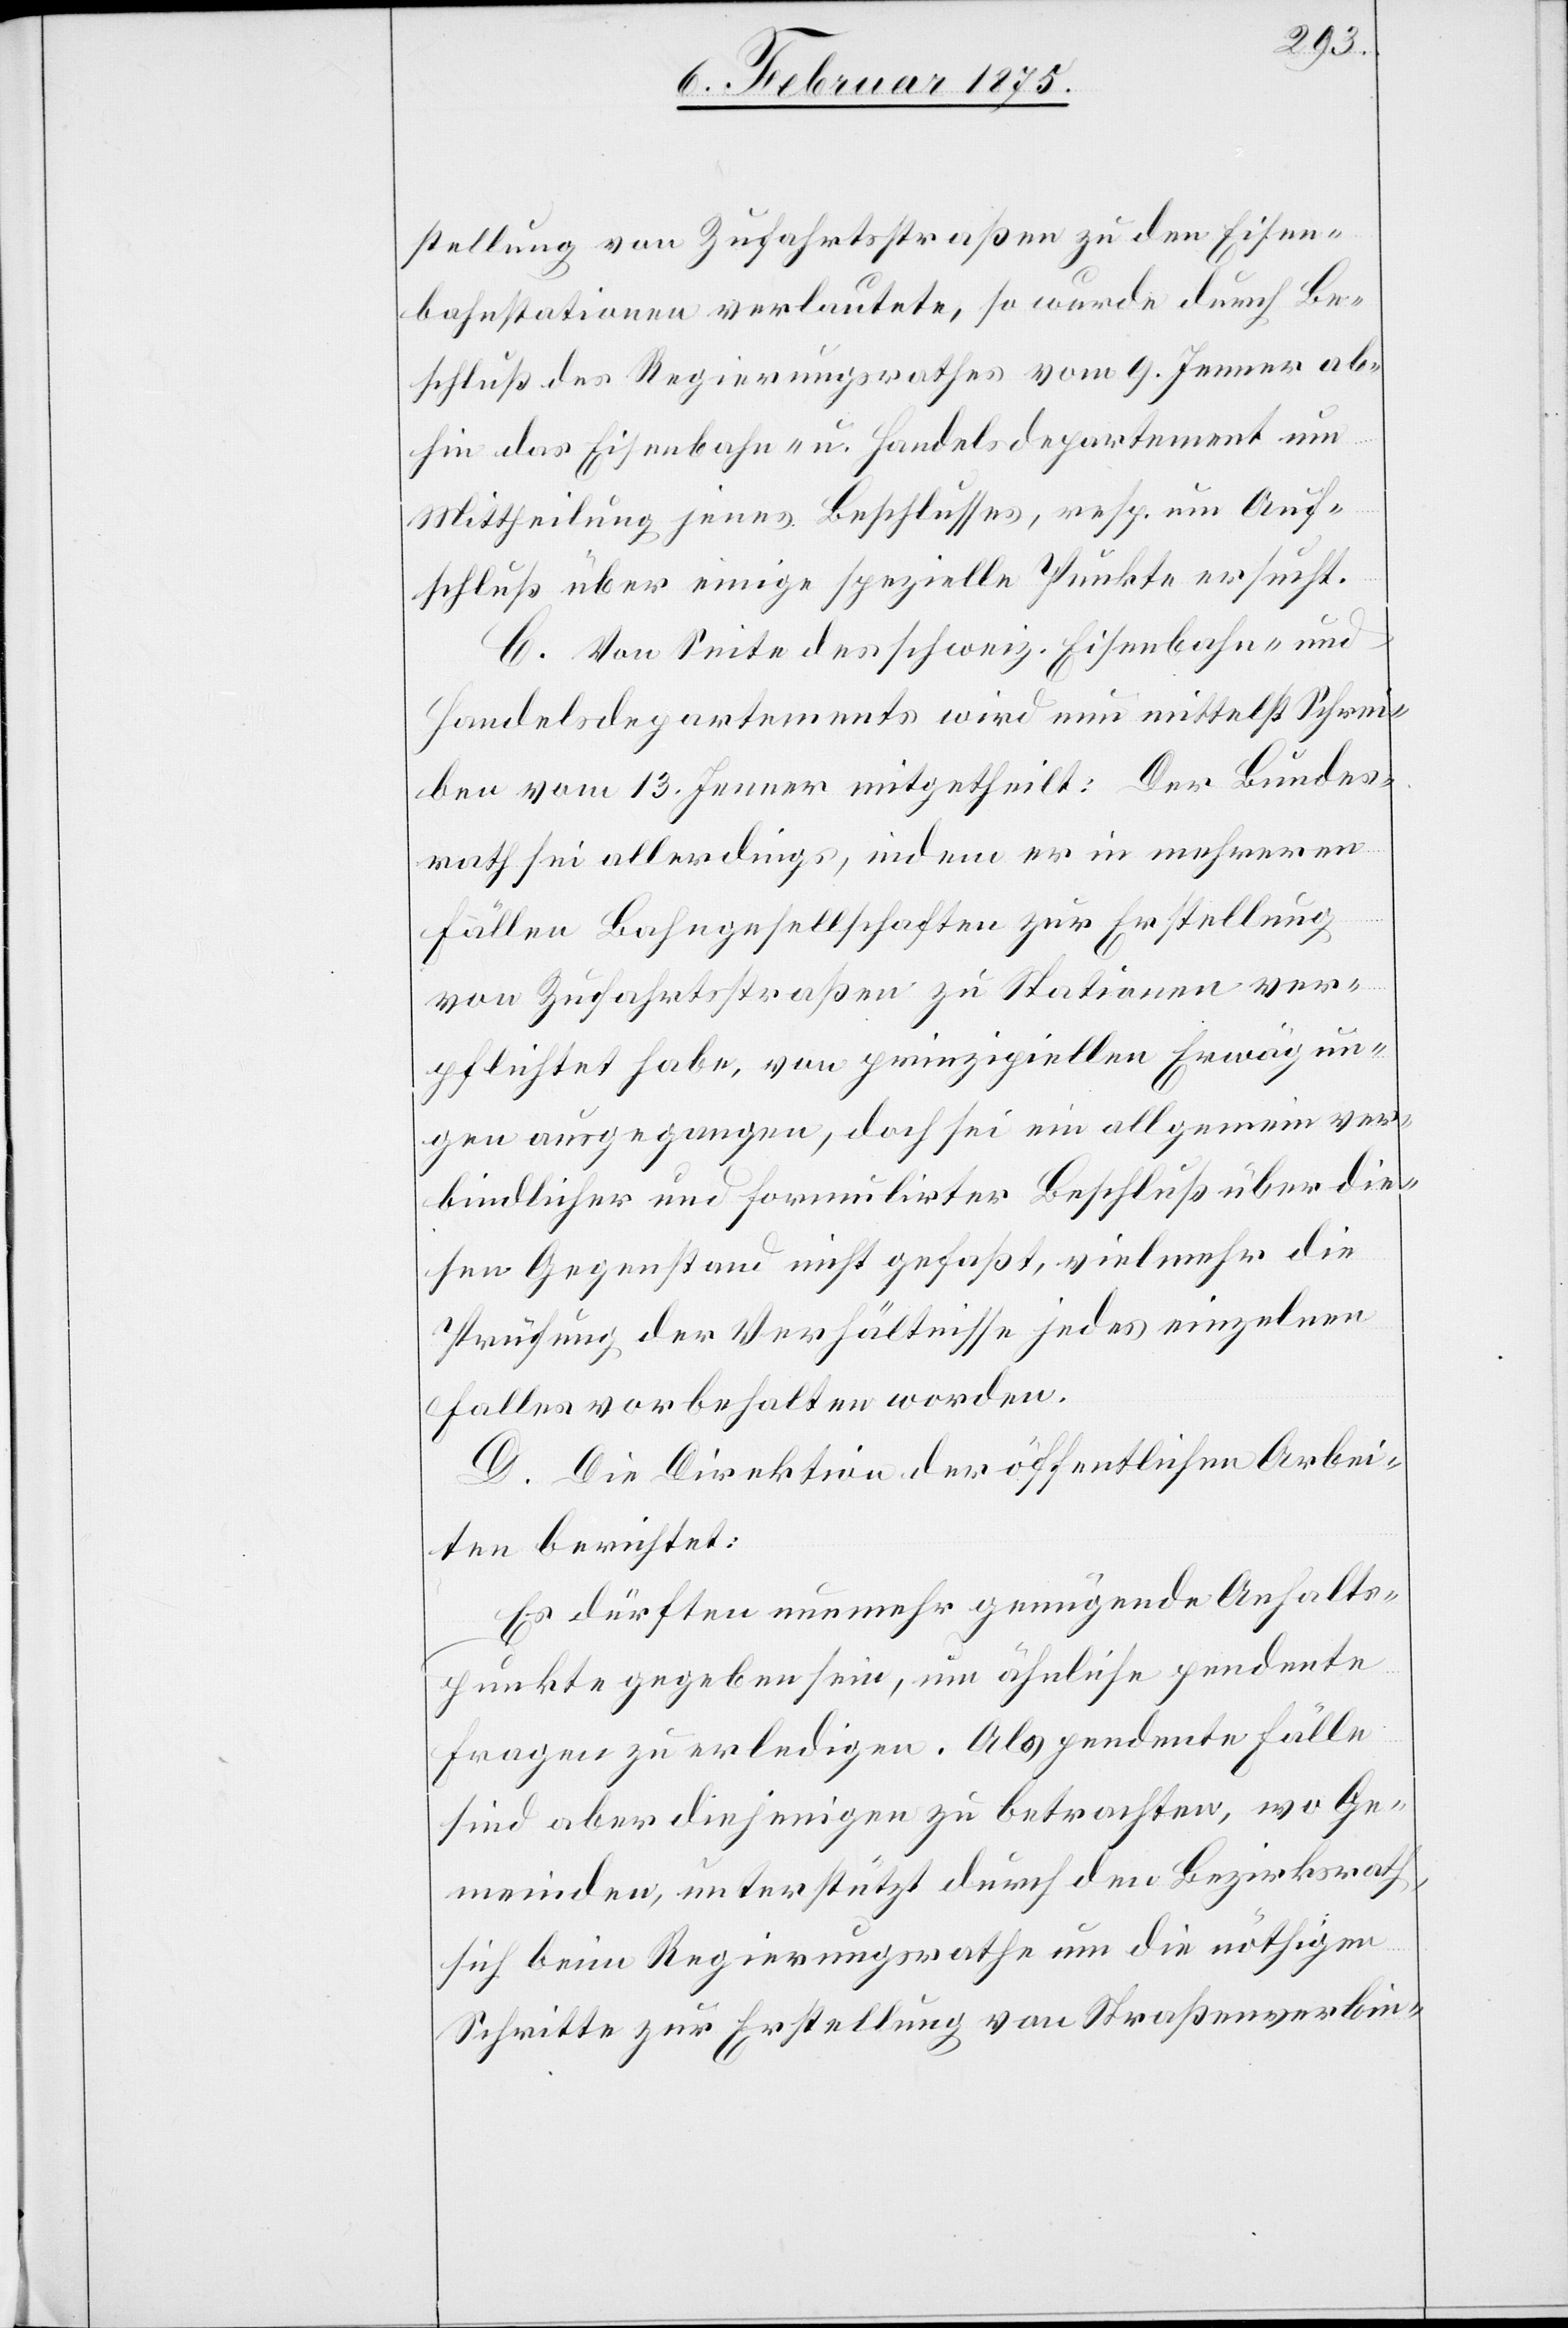
stellung von Zufahrtsstraßen zu den Eisen¬
bahnstationen verlautete, so wurde durch Be¬
schluß des Regierungsrathes vom 9. Jenner ab¬
hin das Eisenbahn- u. Handelsdepartement um
Mittheilung jenes Beschlusses, resp. um Auf¬
schluß über einige spezielle Punkte ersucht.
C. Von Seite des schweiz. Eisenbahn- und
Handelsdepartements wird nun mittelst Schrei¬
ben vom 13. Jenner mitgetheilt: Der Bundes¬
rath sei allerdings, indem er in mehreren
Fällen Bahngesellschaften zur Erstellung
von Zufahrtsstraßen zu den Stationen ver¬
pflichtet habe, von prinzipiellen Erwägun¬
gen ausgegangen, doch sei ein allgemein ver¬
bindlicher und formulirter Beschluß über die¬
sen Gegenstand nicht gefaßt, vielmehr die
Prüfung der Verhältnisse jedes einzelnen
Falles vorbehalten worden.
D. Die Direktion der öffentlichen Arbei¬
ten berichtet:
Es dürften nunmehr genügende Anhalts¬
punkte gegeben sein, um ähnliche pendente
Fragen zu erledigen. Als pendente Fälle
sind aber diejenigen zu betrachten, wo Ge¬
meinden, unterstützt durch den Bezirksrath,
sich beim Regierungsrathe um die nöthigen
Schritte zur Erstellung von Straßenverbin-